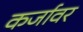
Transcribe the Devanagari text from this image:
कर्जावर